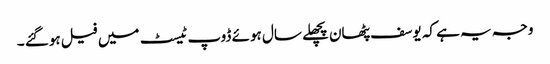
وجہ یہ ہے کہ یوسف پٹھان پچھلے سال ہوئے ڈوپ ٹیسٹ میں فیل ہوگئے ۔